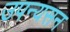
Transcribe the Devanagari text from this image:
उपन्यसन